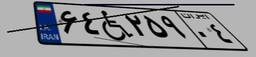
۵۷W۷۸۵۷۱